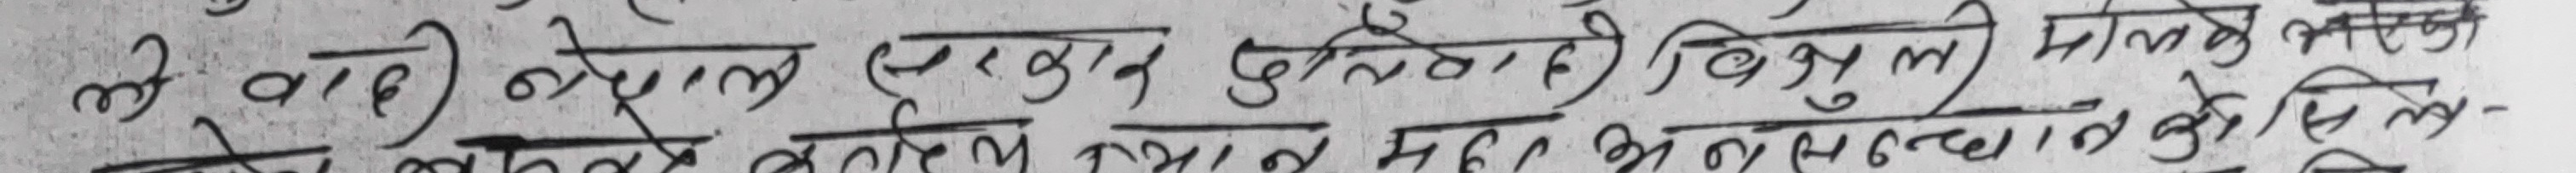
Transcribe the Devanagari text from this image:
मै वादे नेपाल एक दुई तिन मापको अथवा